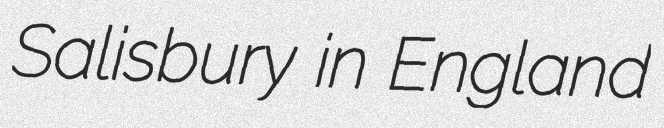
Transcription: Salisbury in England